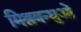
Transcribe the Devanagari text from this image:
मिश्रबन्धुओं